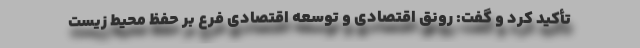
تأکید کرد و گفت: رونق اقتصادی و توسعه اقتصادی فرع بر حفظ محیط زیست